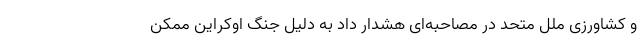
و کشاورزی ملل متحد در مصاحبه‌ای هشدار داد به دلیل جنگ اوکراین ممکن